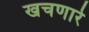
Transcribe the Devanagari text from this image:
खचणारे